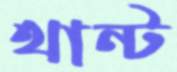
থান্ট